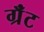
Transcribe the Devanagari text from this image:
ग्रॅंट